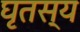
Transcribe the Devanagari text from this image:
घृतस्य